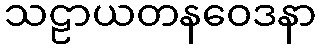
သဠာယတနဝေဒနာ